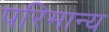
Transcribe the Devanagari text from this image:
परिमान्य